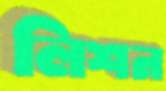
লিশন